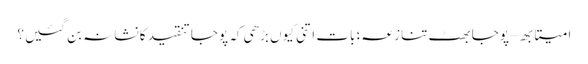
امیتابھ – پوجا بھٹ تنازعہ؛ بات اتنی کیوں بڑھی کہ پوجا تنقید کا نشانہ بن گئیں؟